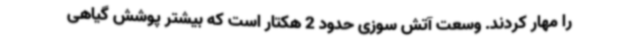
را مهار کردند. وسعت آتش سوزی حدود 2 هکتار است که بیشتر پوشش گیاهی